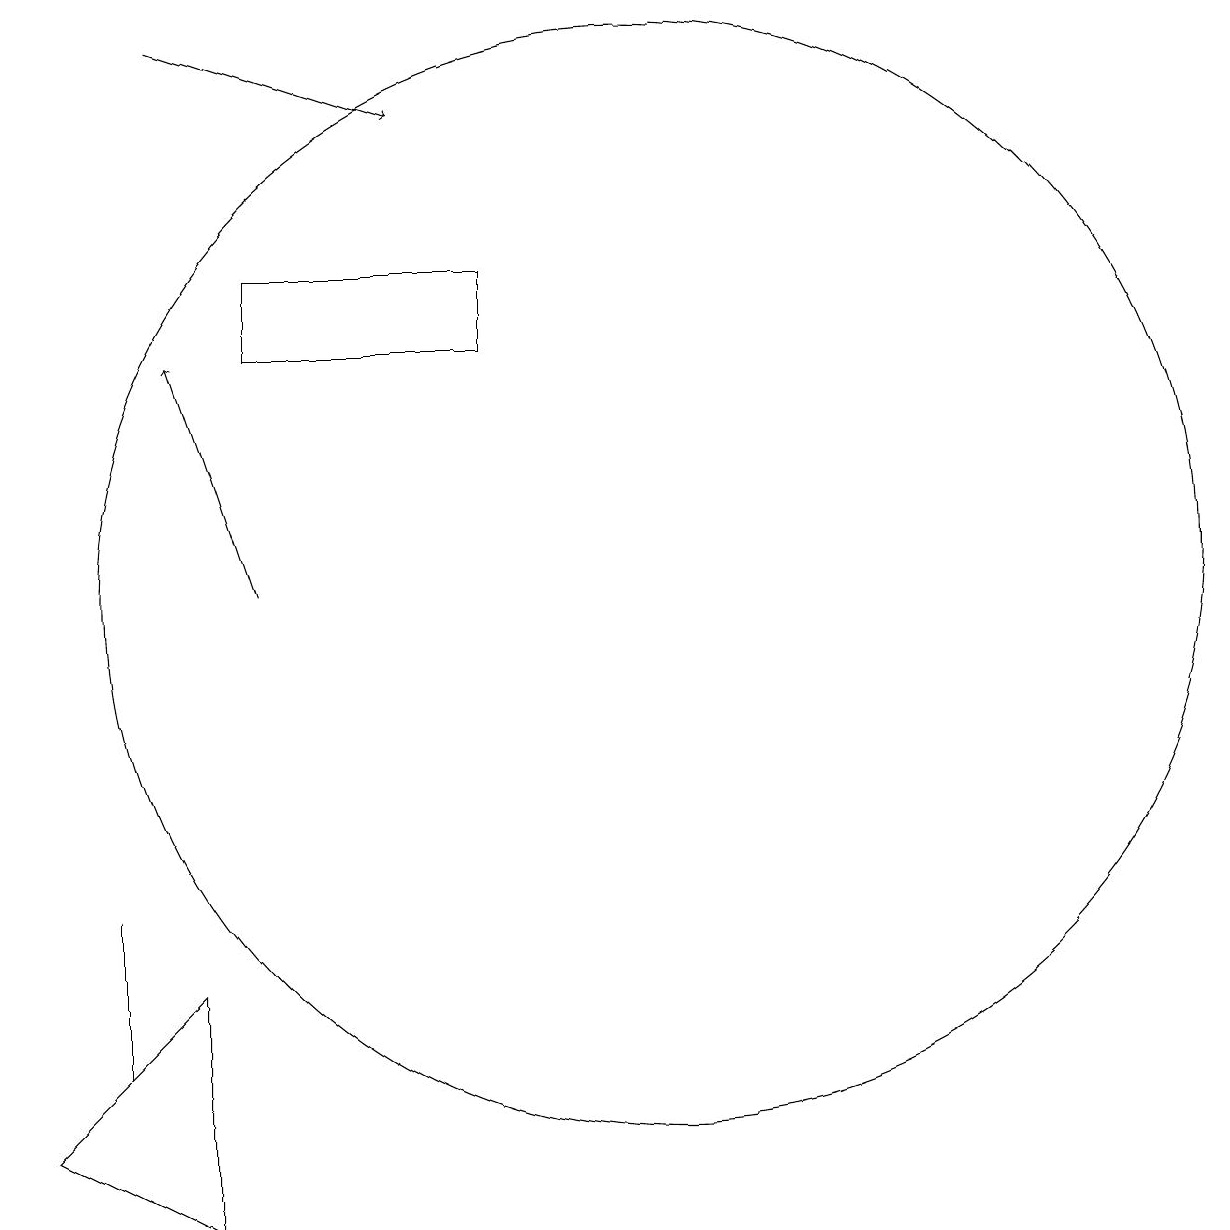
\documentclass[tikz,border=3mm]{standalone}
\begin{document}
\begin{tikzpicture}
\draw[->] (5,17) -- (8,16);
\draw (9,13) rectangle (6,14);
\draw[->] (6,10) -- (5,13);
\draw (11,10) circle (7);
\draw (4,4) -- (4,5) -- (4,6) -- cycle;
\draw (5,2) -- (3,3) -- (5,5) -- cycle;
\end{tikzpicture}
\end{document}